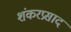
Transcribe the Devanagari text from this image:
शंकरप्रसाद